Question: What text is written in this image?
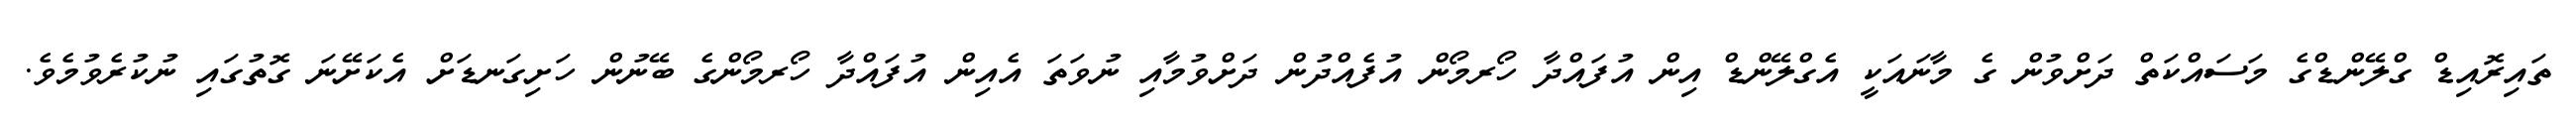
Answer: ތައިރޮއިޑް ގްލޭންޑްގެ މަސައްކަތް ދަށްވުން ގެ މާނައަކީ އެގްލޭންޑް އިން އުފައްދާ ހޯރމޯން އުފެއްދުން ދަށްވުމާއި ނުވަތަ އެއިން އުފައްދާ ހޯރމޯންގެ ބޭނުން ހަށިގަނޑަށް އެކަށޭނަ ގޮތުގައި ނުކުރެވުމެވެ.